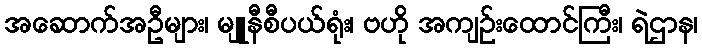
အဆောက်အဦများ၊ မျူနီစီပယ်ရုံး၊ ဗဟို အကျဉ်းထောင်ကြီး၊ ရဲဌာန၊